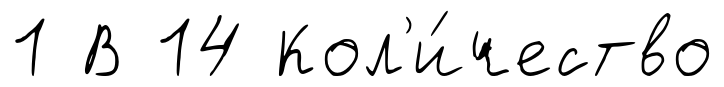
1 В 14 Кол'и́чество